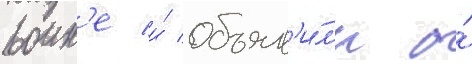
воин'е и́ объяв'и́л'и о́